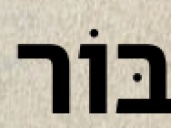
בּוֹר